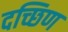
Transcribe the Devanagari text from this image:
दच्छिण